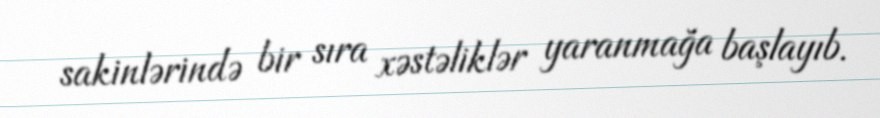
sakinlərində bir sıra xəstəliklər yaranmağa başlayıb.